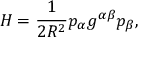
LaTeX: H = \frac { 1 } { 2 R ^ { 2 } } p _ { \alpha } g ^ { \alpha \beta } p _ { \beta } ,